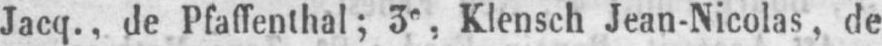
Jacq., de Pfaffenthal; 3e Klensch Jean-Nicolas, de